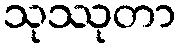
သုဿုတာ